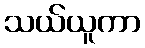
သယ်ယူကာ